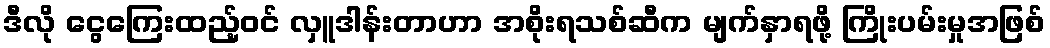
ဒီလို ငွေကြေးထည့်ဝင် လှူဒါန်းတာဟာ အစိုးရသစ်ဆီက မျက်နှာရဖို့ ကြိုးပမ်းမှုအဖြစ်